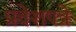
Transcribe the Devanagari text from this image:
प्रवेशपत्रे